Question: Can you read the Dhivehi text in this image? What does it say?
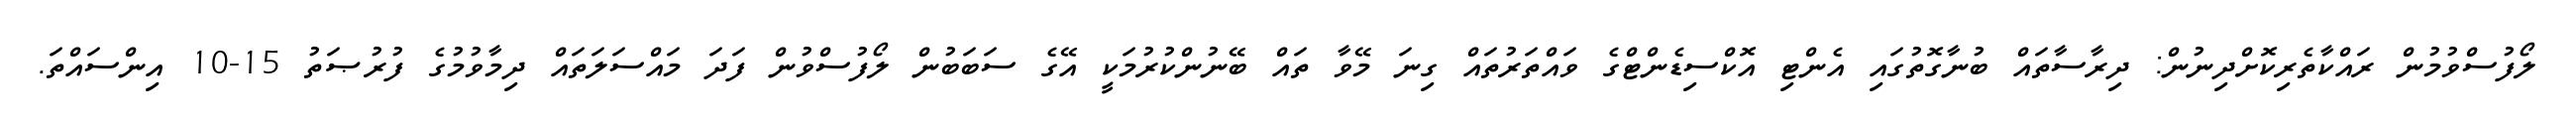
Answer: ލޯފުސްވުމުން ރައްކާތެރިކޮށްދިނުން: ދިރާސާތައް ބުނާގޮތުގައި އެންޓި އޮކްސިޑެންޓްގެ ވައްތަރުތައް ގިނަ މޭވާ ތައް ބޭނުންކުރުމަކީ އޭގެ ސަބަބުން ލޯފުސްވުން ފަދަ މައްސަލަތައް ދިމާވުމުގެ ފުރުޞަތު 15-10 އިންސައްތަ.